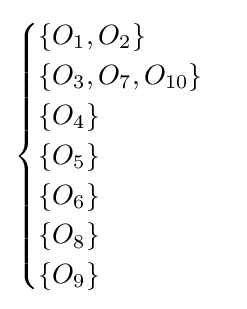
{\begin{cases}\{O_{1},O_{2}\}\\\{O_{3},O_{7},O_{10}\}\\\{O_{4}\}\\\{O_{5}\}\\\{O_{6}\}\\\{O_{8}\}\\\{O_{9}\}\end{cases}}